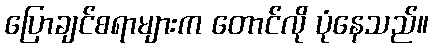
ပြောချင်စရာများက တောင်လို ပုံနေသည်။